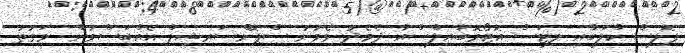
ޕޮލިސް ކްލަބާއި ލިޓަސް އޮޓޯމޮބައިލްސްއާ ދެމެދު ވެވުނު ސްޕޮންސަރޝިޕް އެއްބަސްވުން  ވަގުތު